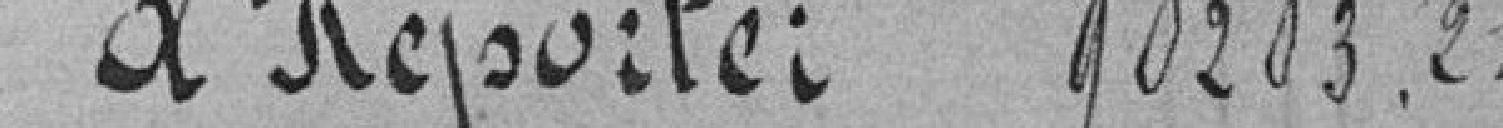
à Reporter